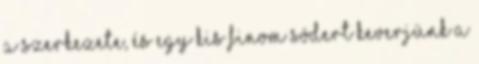
a szerkezete, és egy kis finom sódert keverjünk a